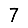
Digit: 7